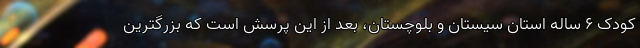
کودک ۶ ساله استان سیستان و بلوچستان، بعد از این پرسش است که بزرگترین